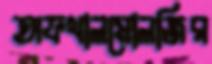
অফথালমোলজির